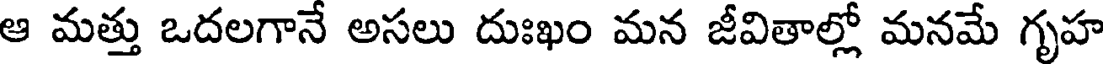
ఆ మత్తు ఒదలగానే అసలు దుఃఖం మన జీవితాల్లో మనమే గృహ